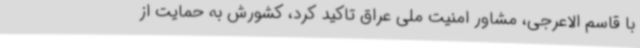
با قاسم الاعرجی، مشاور امنیت ملی عراق تاکید کرد، کشورش به حمایت از